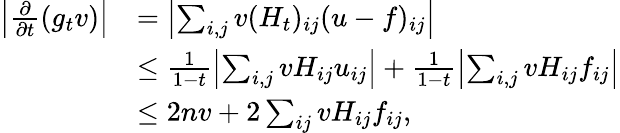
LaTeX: \begin{array}{rl}{\left|\frac{\partial}{\partial t}(g_{t}v)\right|}&{=\left|\sum_{i,j}v(H_{t})_{ij}(u-f)_{ij}\right|}\\ &{\leq\frac{1}{1-t}\left|\sum_{i,j}vH_{ij}u_{ij}\right|+\frac{1}{1-t}\left|\sum_{i,j}vH_{ij}f_{ij}\right|}\\ &{\leq 2nv+2\sum_{ij}vH_{ij}f_{ij},}\end{array}